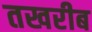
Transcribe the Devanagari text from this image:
तखरीब